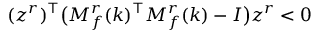
( z ^ { r } ) ^ { \top } \big ( M _ { f } ^ { r } ( k ) ^ { \top } M _ { f } ^ { r } ( k ) - I \big ) z ^ { r } < 0